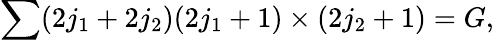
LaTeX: \sum(2j_{1}+2j_{2})(2j_{1}+1)\times(2j_{2}+1)=G,